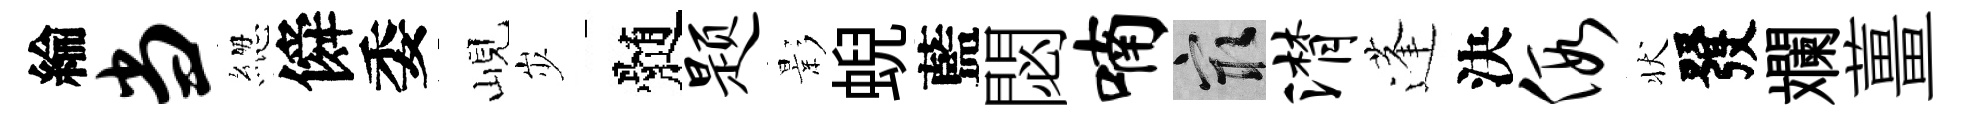
綸当緫僢委峴𡵯髄题影蜺藍閟喃冣潸蓬決假状發斕薑